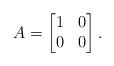
LaTeX: \begin{align*}A =\begin{bmatrix}1 & 0 \\0 & 0\end{bmatrix} .\end{align*}